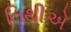
તિથીએ